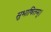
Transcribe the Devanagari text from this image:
सुभाषितम्।